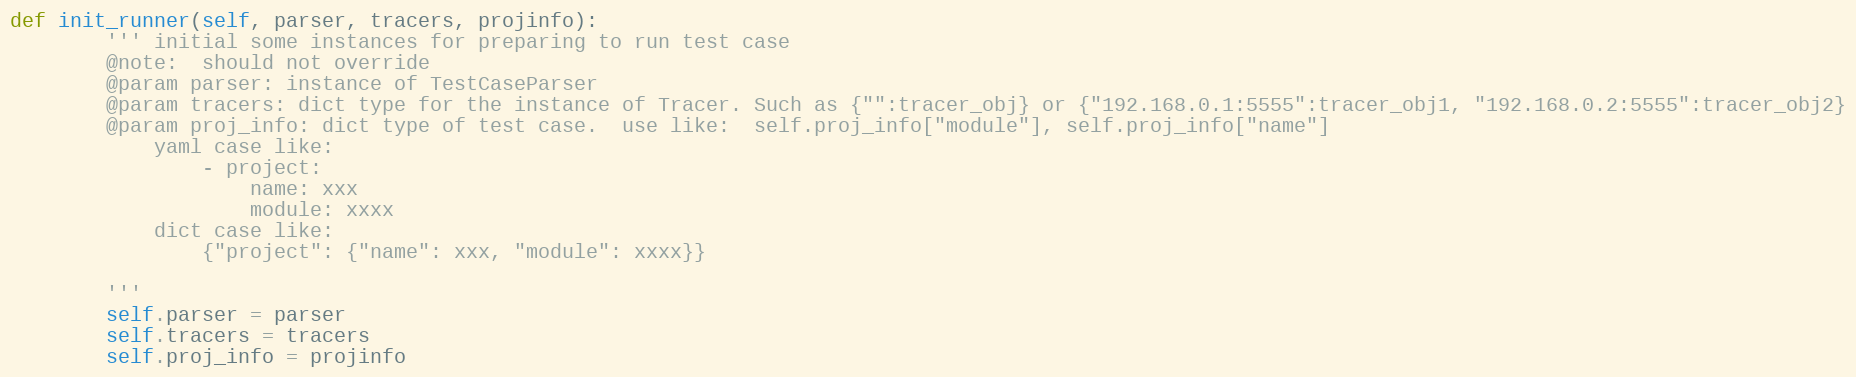
Language: Python
def init_runner(self, parser, tracers, projinfo):
        ''' initial some instances for preparing to run test case
        @note:  should not override
        @param parser: instance of TestCaseParser
        @param tracers: dict type for the instance of Tracer. Such as {"":tracer_obj} or {"192.168.0.1:5555":tracer_obj1, "192.168.0.2:5555":tracer_obj2}
        @param proj_info: dict type of test case.  use like:  self.proj_info["module"], self.proj_info["name"]
            yaml case like:
                - project:
                    name: xxx
                    module: xxxx
            dict case like:
                {"project": {"name": xxx, "module": xxxx}}

        '''
        self.parser = parser
        self.tracers = tracers
        self.proj_info = projinfo